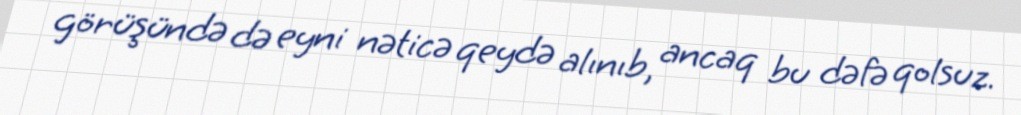
görüşündə də eyni nəticə qeydə alınıb, ancaq bu dəfə qolsuz.